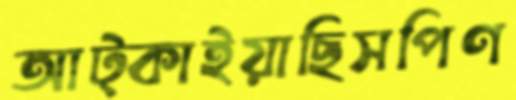
আট্‌কাইয়াছিসপিণ